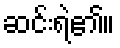
ဆင်းရဲ၏။